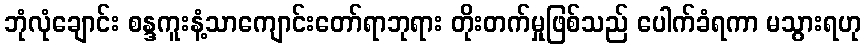
ဘုံလုံချောင်း စန္ဒကူးနံ့သာကျောင်းတော်ရာဘုရား တိုးတက်မှုဖြစ်သည် ပေါက်ခံရကာ မသွားရဟု